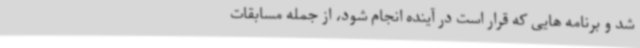
شد و برنامه هایی که قرار است در آینده انجام شود، از جمله مسابقات